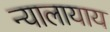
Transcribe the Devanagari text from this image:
न्यालायाय